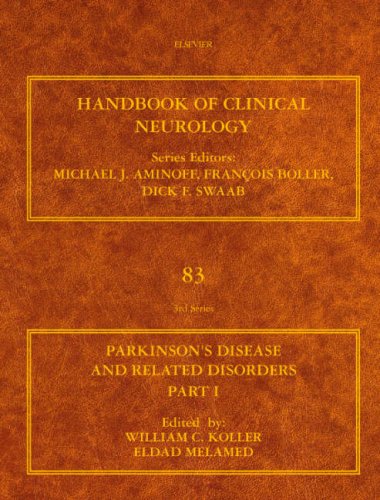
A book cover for Parkinson's Disease and Related Disorders Part I, Volume 83: Handbook of Clinical Neurology (Series Editors: Aminoff, Boller and Swaab) (Pt. 1); Health, Fitness & Dieting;